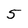
Character: 5